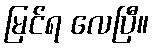
မြင်ရ လေပြီ။